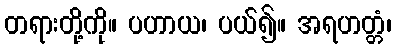
တရားတို့ကို။ ပဟာယ၊ ပယ်၍။ အရဟတ္တံ၊